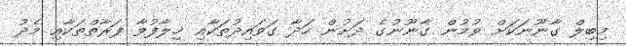
މިބިލް ގާނޫނަކަށް ވުމުން ގާނޫނުގެ ދަށުން ހަދާ ގަވައިދުތަކާއި ޚިލާފުވާ ފަރާތްތަކާއި މެދު